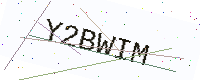
Text: Y2BWIM